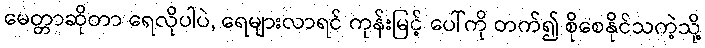
မေတ္တာဆိုတာ ရေလိုပါပဲ, ရေများလာရင် ကုန်းမြင့် ပေါ်ကို တက်၍ စိုစေနိုင်သကဲ့သို့